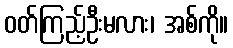
ဝတ်ကြည့်ဦးမလား၊ အစ်ကို။